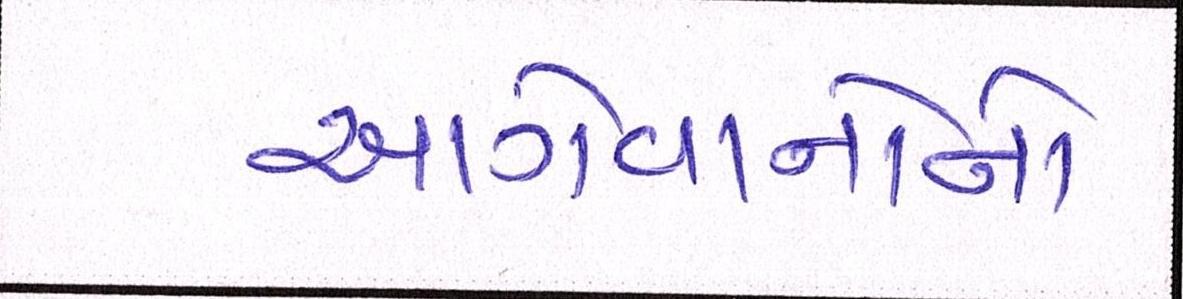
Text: આગેવાનોનો